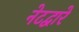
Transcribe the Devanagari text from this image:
नेटद्वारे